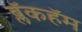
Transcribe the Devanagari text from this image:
ब्लॅकहॅम